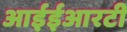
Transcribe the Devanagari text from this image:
आईईआरटी